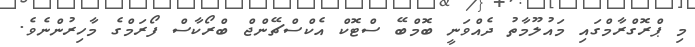
މި ޕްރޮގްރާމްގައި މައުލޫމާތު ދެއްވަނީ ބޮމްބޭ ސްޓޮކް އެކްސްޗޭންޖް ބްރޯކާސް ފޯރަމްގެ މާހިރުންނެވެ.